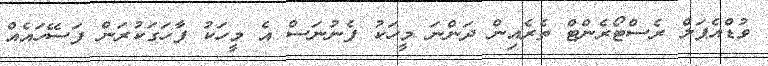
ވުޑްއެޕަލް ރެސްޓޯރެންޓް ތެރެއިން ދަންނަ މީހަކު ފެނުނަސް އެ މީހަކު ފާހަގަކުރަން ފަސޭހައެއް